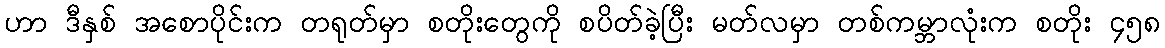
ဟာ ဒီနှစ် အစောပိုင်းက တရုတ်မှာ စတိုးတွေကို စပိတ်ခဲ့ပြီး မတ်လမှာ တစ်ကမ္ဘာလုံးက စတိုး ၄၅၈